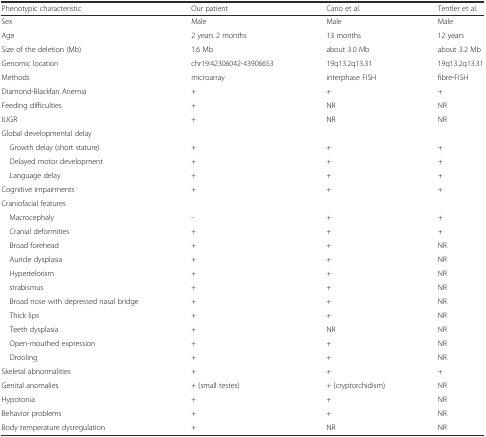
<table><thead><tr><td><b>Phenotypic characteristic</b></td><td><b>Our patient</b></td><td><b>Cario et al.</b></td><td><b>Tentler et al.</b></td></tr></thead><tbody><tr><td>Sex</td><td>Male</td><td>Male</td><td>Male</td></tr><tr><td>Age</td><td>2 years 2 months</td><td>13 months</td><td>12 years</td></tr><tr><td>Size of the deletion (Mb)</td><td>1.6 Mb</td><td>about 3.0 Mb</td><td>about 3.2 Mb</td></tr><tr><td>Genomic location</td><td>chr19:42306042-43906653</td><td>19q13.2q13.31</td><td>19q13.2q13.31</td></tr><tr><td>Methods</td><td>microarray</td><td>interphase FISH</td><td>fibre-FISH</td></tr><tr><td>Diamond-Blackfan Anemia</td><td>+</td><td>+</td><td>+</td></tr><tr><td>Feeding difficulties</td><td>+</td><td>NR</td><td>NR</td></tr><tr><td>IUGR</td><td>+</td><td>NR</td><td>NR</td></tr><tr><td colspan="4">Global developmental delay</td></tr><tr><td> Growth delay (short stature)</td><td>+</td><td>+</td><td>+</td></tr><tr><td> Delayed motor development</td><td>+</td><td>+</td><td>+</td></tr><tr><td> Language delay</td><td>+</td><td>+</td><td>+</td></tr><tr><td>Cognitive impairments</td><td>+</td><td>+</td><td>+</td></tr><tr><td colspan="4">Craniofacial features</td></tr><tr><td> Macrocephaly</td><td>-</td><td>+</td><td>+</td></tr><tr><td> Cranial deformities</td><td>+</td><td>+</td><td>+</td></tr><tr><td> Broad forehead</td><td>+</td><td>+</td><td>NR</td></tr><tr><td> Auricle dysplasia</td><td>+</td><td>+</td><td>NR</td></tr><tr><td> Hypertelorism</td><td>+</td><td>+</td><td>NR</td></tr><tr><td> strabismus</td><td>+</td><td>+</td><td>NR</td></tr><tr><td> Broad nose with depressed nasal bridge</td><td>+</td><td>+</td><td>NR</td></tr><tr><td> Thick lips</td><td>+</td><td>+</td><td>NR</td></tr><tr><td> Teeth dysplasia</td><td>+</td><td>NR</td><td>NR</td></tr><tr><td> Open-mouthed expression</td><td>+</td><td>+</td><td>NR</td></tr><tr><td> Drooling</td><td>+</td><td>+</td><td>NR</td></tr><tr><td>Skeletal abnormalities</td><td>+</td><td>+</td><td>+</td></tr><tr><td>Genital anomalies</td><td>+ (small testes)</td><td>+ (cryptorchidism)</td><td>NR</td></tr><tr><td>Hypotonia</td><td>+</td><td>+</td><td>NR</td></tr><tr><td>Behavior problems</td><td>+</td><td>+</td><td>NR</td></tr><tr><td>Body temperature dysregulation</td><td>+</td><td>NR</td><td>NR</td></tr></tbody></table>